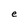
Character: e